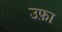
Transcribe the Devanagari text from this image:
उफ़ा